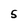
Character: S